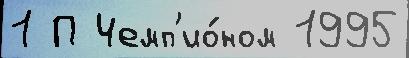
1 П Чемп'ио́ном 1995